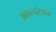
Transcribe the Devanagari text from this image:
अकल्चरेशन